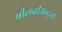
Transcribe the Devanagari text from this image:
मौलवीअब्दुल